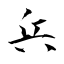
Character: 兵